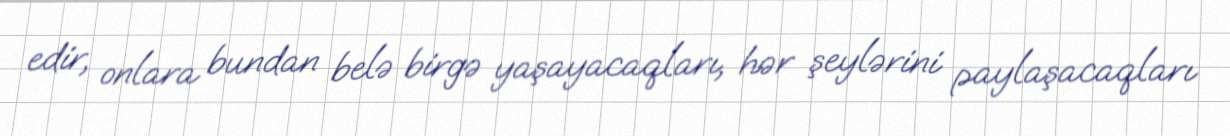
edir, onlara bundan belə birgə yaşayacaqları, hər şeylərini paylaşacaqları